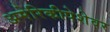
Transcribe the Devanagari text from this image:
अमेरिकीपेशेवर